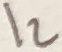
Text: I2